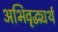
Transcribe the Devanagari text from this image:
अभिवृद्ध्यर्थ